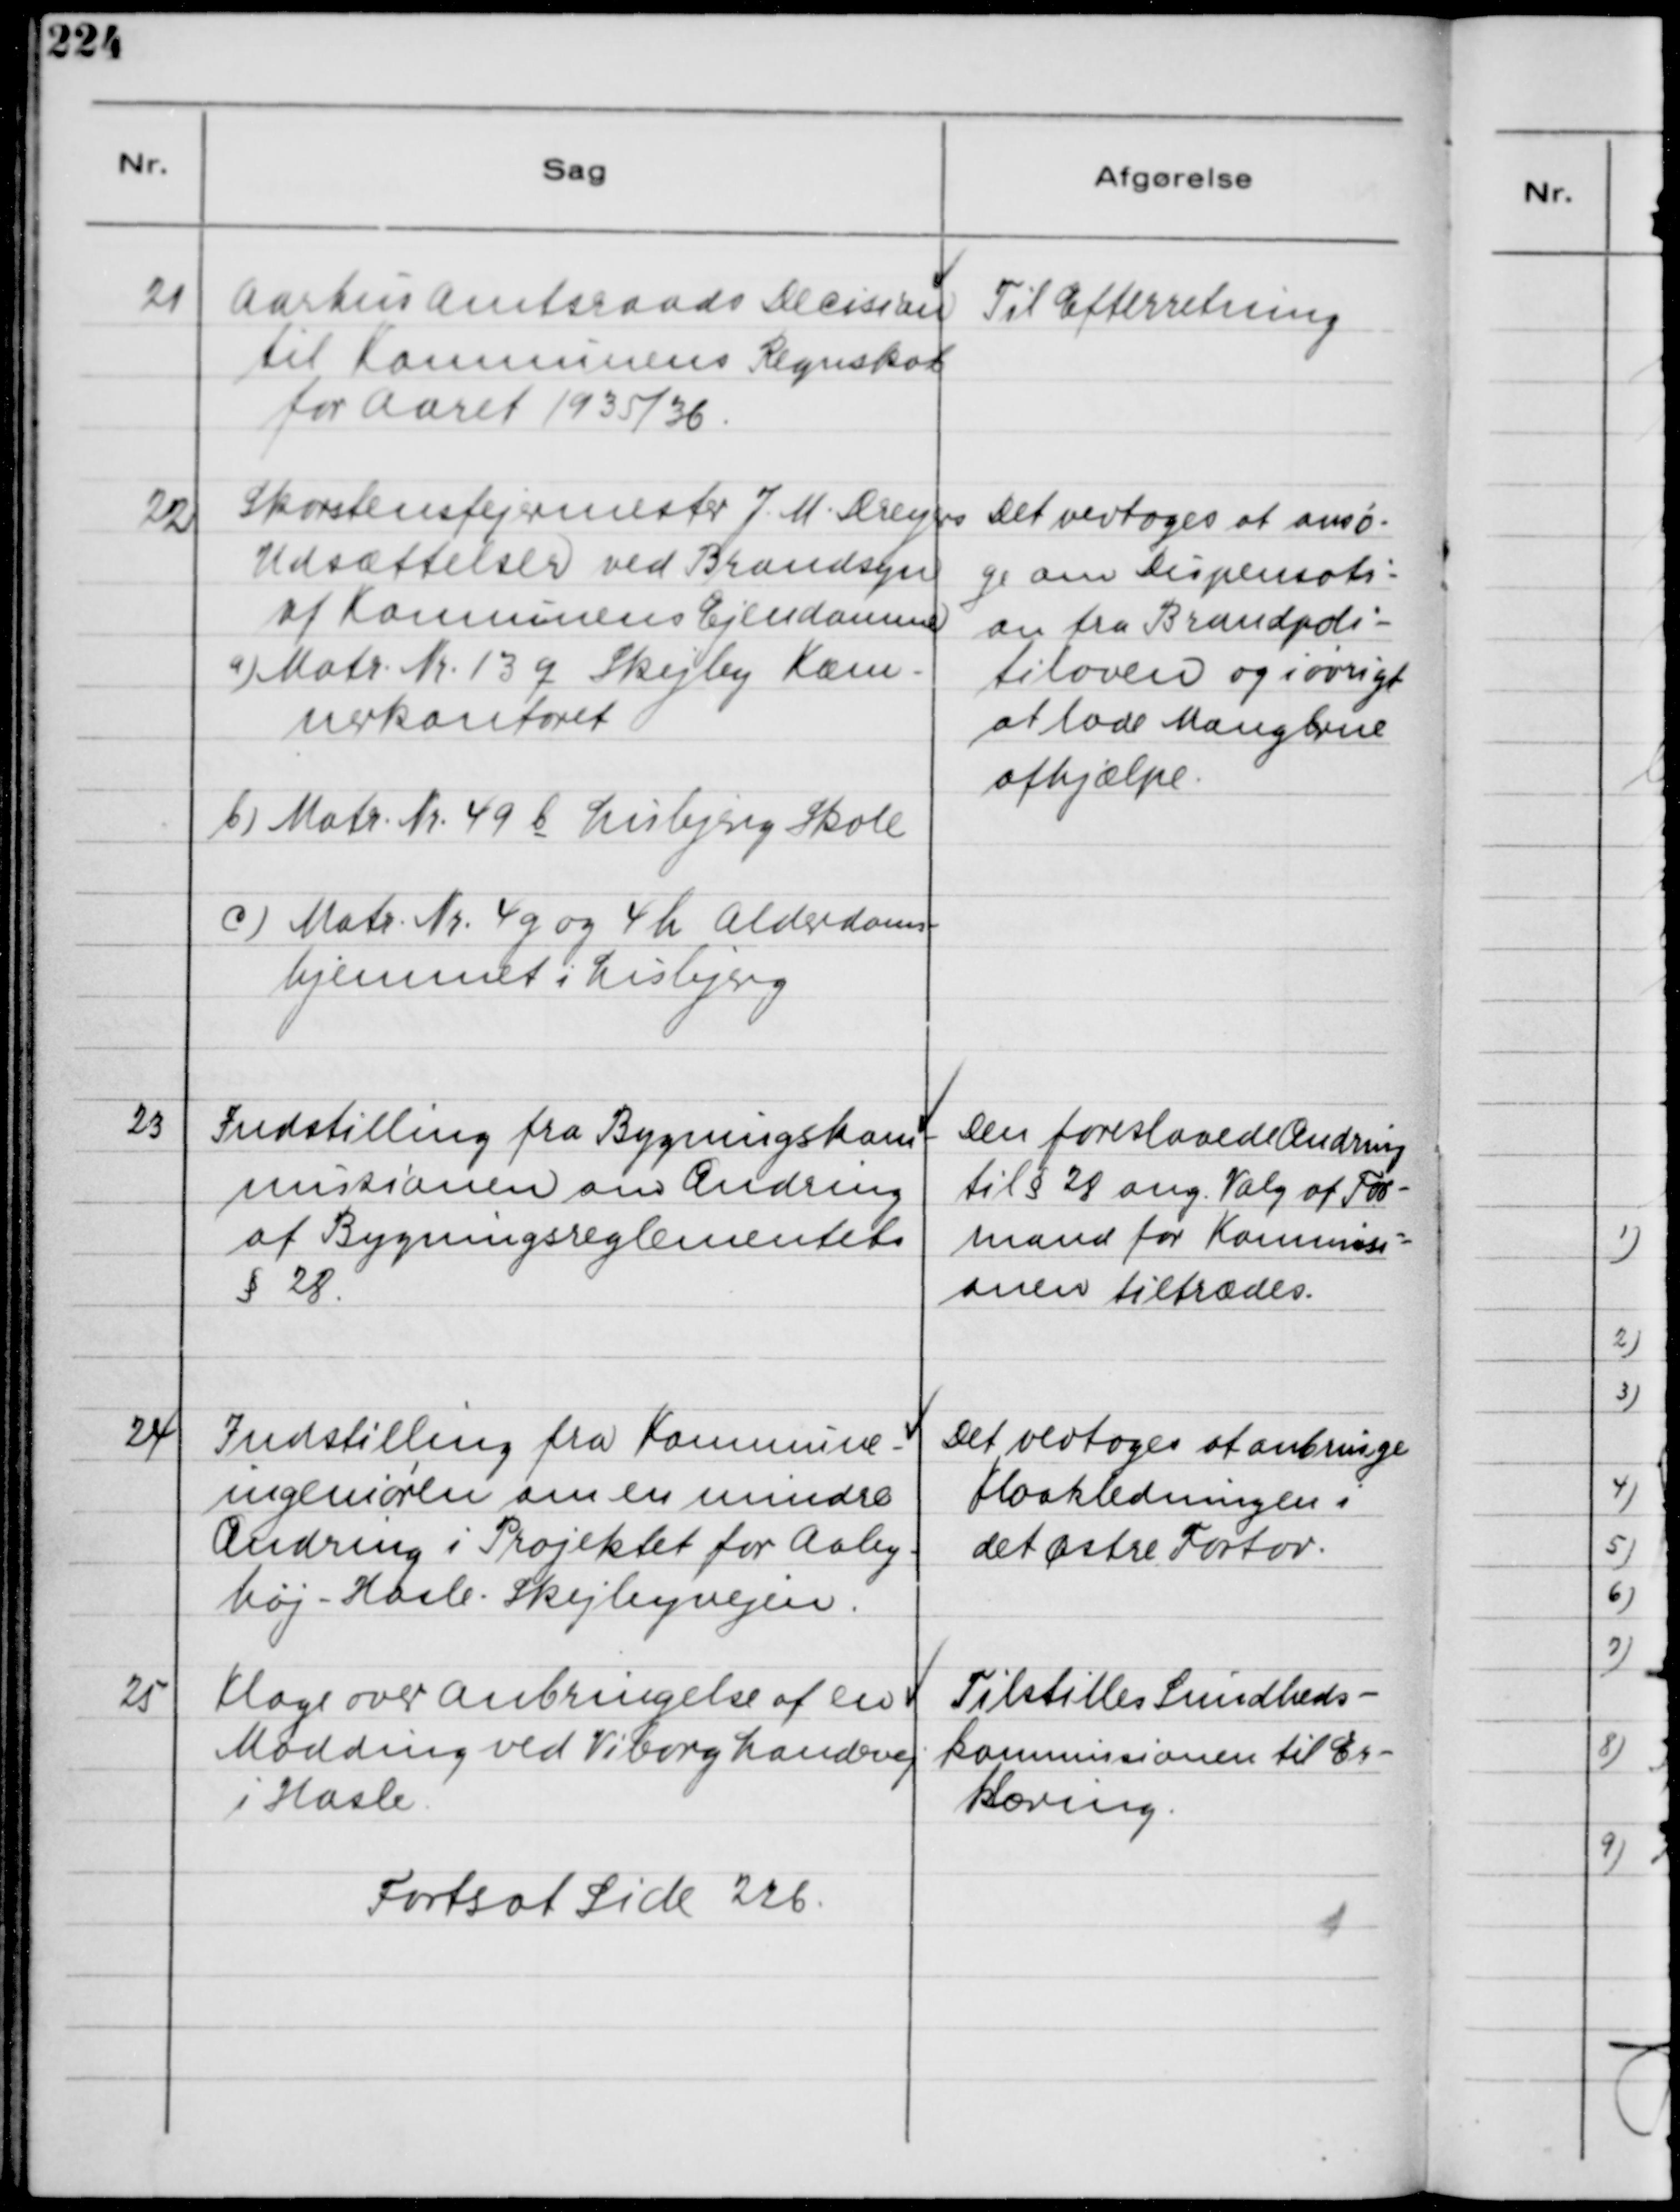
Transskription:
21
Aarhus Amtsraads Decision
til Komnunens Regnskab
for Aaret 1935/36.

Til Efterretning

22
Skorstensfejermester J. M. Dreyers
Udsættelser ved Brandsyn
af Komnunens Ejendomme
a) Matr. Nr 13 q Skejby Kæm-
nerkontoret
b) Matr. Nr 49 b Lisbjerg Skole
c) Matr. Nr. 4 g og 4 h Alderdoms-
hjemmet i Lisbjerg

Det vedtoges at ansø-
ge om Dispensati-
on fra Brandpoli-
tiloven og iøvrigt
at lade Manglerne
afhjælpe.

23
Indstilling fra Bygningskom-
missionen om Ændring
af Bygningsreglementets
§ 28.

Den foreslaaede Ændring
til § 28 ang. Valg af For-
mand for Kommissi-
onen tiltrædes.

24
Indstilling fra Kommune-
ingeniøren om en mindre
Ændring i Projektet for Aaby-
høj - Hasle - Skejbyvejen.

Det vedtoges at anbringe
Kloakledningen i
det Østre Fortov.

25
Klage over Anbringelse af en
Mødding ved Viborg Landevej
i Hasle.

Tilstilles Sundheds-
kommissionen til Er-
klæring.

Fortsat Side 226.